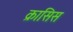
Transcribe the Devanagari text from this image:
क्रासिस